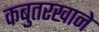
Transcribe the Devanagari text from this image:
कबुतरखाने